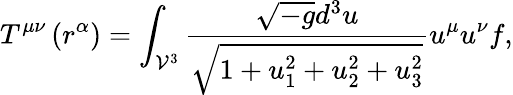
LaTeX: T^{\mu\nu}\left(r^{\alpha}\right)=\int_{\mathcal{V}^{3}}\frac{\sqrt{-g}d^{3}u}{\sqrt{1+u_{1}^{2}+u_{2}^{2}+u_{3}^{2}}}u^{\mu}u^{\nu}f,